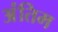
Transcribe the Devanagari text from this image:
अंंतिम